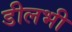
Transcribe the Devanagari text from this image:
डीलभी